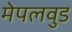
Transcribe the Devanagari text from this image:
मेपलवुड